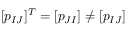
[ p _ { I J } ] ^ { T } = [ p _ { J I } ] \neq [ p _ { I J } ]